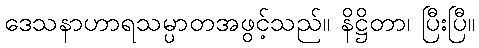
ဒေသနာဟာရသမ္ပာတအဖွင့်သည်။ နိဋ္ဌိတာ၊ ပြီးပြီ။